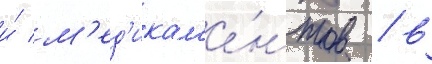
и́ м'ед'икам'е́нтов / в